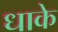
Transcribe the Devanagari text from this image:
धाके